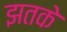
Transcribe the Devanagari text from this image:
झतके